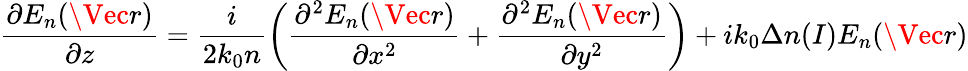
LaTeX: \frac{\partial{E}_{n}(\Vec{r})}{\partial z}=\frac{i}{2{k}_{0}n}\left(\frac{{\partial}^{2}{E}_{n}(\Vec{r})}{{\partial{x}^{2}}}+\frac{{\partial}^{2}{E}_{n}(\Vec{r})}{\partial{y}^{2}}\right)+i{k}_{0}\Delta n(I){E}_{n}(\Vec{r})